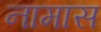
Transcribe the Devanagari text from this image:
नामास